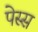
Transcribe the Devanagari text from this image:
पेस्स